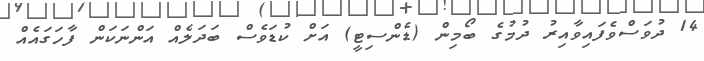
14 ދުވަސްވެފައިވާއިރު ދުމުގެ ބޯމިން (ޑެންސިޓީ) އަށް ކުޑަވެސް ބަދަލެއް އަންނަކަން ފާހަގައެއް